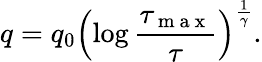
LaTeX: q=q_{0}\left(\log\frac{\tau_{\mathrm{~m~a~x~}}}{\tau}\right)^{\frac{1}{\gamma}}.